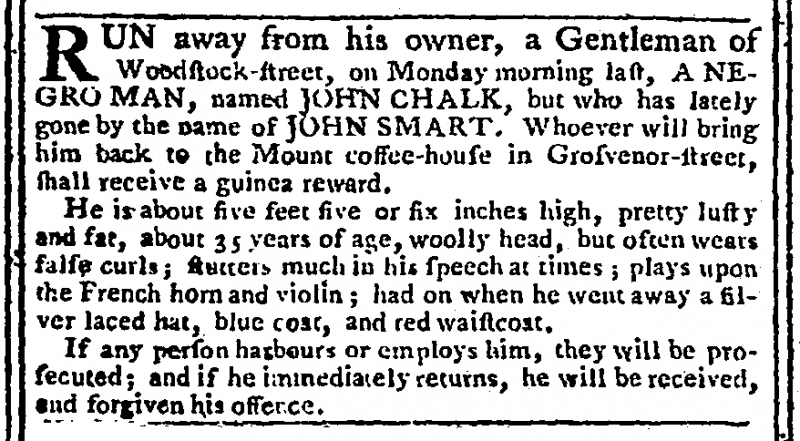
Gazetteer and New Daily Advertiser, 25 January 1768 (England)
RUN away from his owner, a Gentleman of Woodstock-street, on Monday morning last, A NEGRO MAN, named JOHN CHALK, but who has lately gone by the name of JOHN SMART. Whoever will bring him back to the Mount coffee-house in Grosvenor-street, shall receive a guinea reward.   He is about five feet five or six inches high, pretty lusty and fat, about 35 years of age, woolly head, but often wears false curls; stutters much in his speech at times; plays upon the French horn and violin; had on when he went away a silver laced hat, blue coat and red waistcoat.   If any person harbours or employs him, they will be prosecuted; and if he immediately returns, he will be received and forgiven his offence.